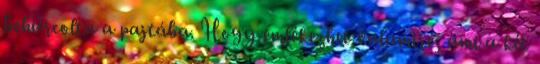
behurcolta a pajtába. Hogy emlékezhet valamire, ami a két